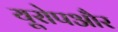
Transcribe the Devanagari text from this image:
यूरोपऔर